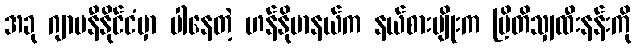
အခု ဂျာမနီနိုင်ငံမှာ ပါနေတဲ့ ဟန်နိုဗာနယ်က နယ်စားမျိုးက ဗြိတိသျှထီးနန်းကို